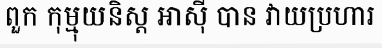
ពួក កុម្មុយនិស្ត អាស៊ី បាន វាយប្រហារ